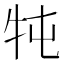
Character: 𤘫